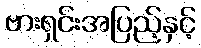
ဗားရှင်းအပြည့်နှင့်